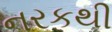
નરકથી